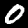
Label: 0